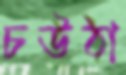
চউঠা